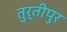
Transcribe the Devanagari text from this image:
तुर्तीपुर